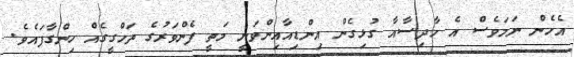
އެހެން ނަމަވެސް އެ ހާދިސާއާ ގުޅިގެން އިންޑިއާއިންވަނީ މަތީ ފެންވަރުގެ ތަހްގީގެއް ހިންގާފައެވެ.